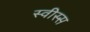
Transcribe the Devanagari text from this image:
स्वीस्स